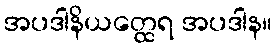
အပဒါနိယတ္ထေရ အပဒါန။